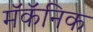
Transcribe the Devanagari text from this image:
मॅकॅनिक